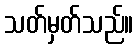
သတ်မှတ်သည်။